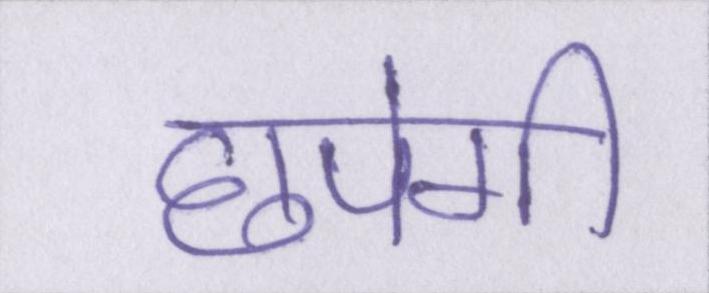
छपेगी